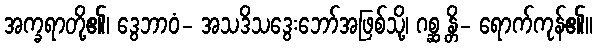
အက္ခရာတို့၏၊ ဒွေဘာဝံ- အသဒိသဒွေးဘော်အဖြစ်သို့၊ ဂစ္ဆ န္တိ- ရောက်ကုန်၏။